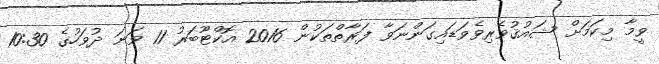
ވީމާ މިކަމަށް ޝައުޤުވެރިވެވަޑައިގަންނަވާ ފަރާތްތަކުން 2016 އޮކްޓޫބަރު 11 ވަނަ ދުވަހުގެ 10:30